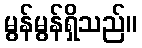
မွန်မွန်ရှိသည်။